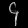
Digit: ၄